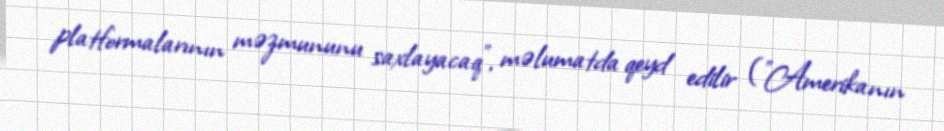
platformalarının məzmununu saxlayacaq”, məlumatda qeyd edilir ("Amerikanın